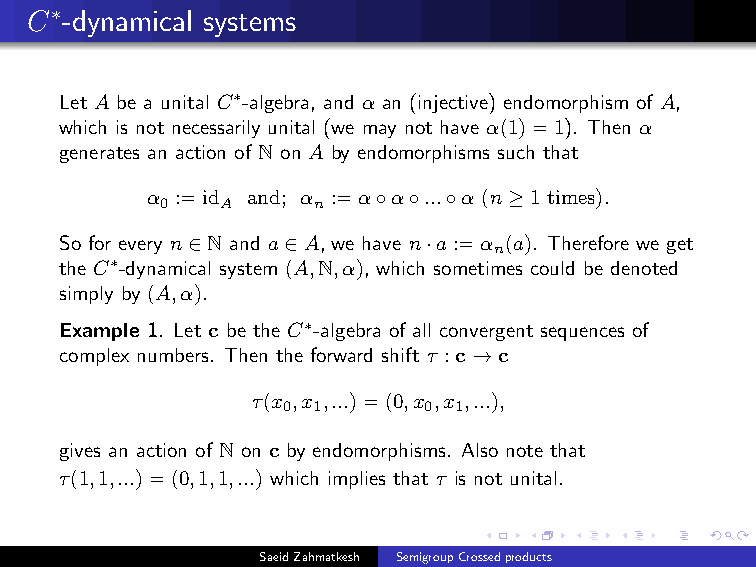
C∗-dynamical systems
 Let A be a unital C∗-algebra, and α an (injective) endomorphism of A,
 which is not necessarily unital (we may not have α(1)=1). Then α
 generates an action of N on A by endomorphisms such that
 α :=id and; α :=α◦α◦...◦α (n≥1 times).
 0   A     n
 So for every n∈N and a∈A, we have n·a:=α (a). Therefore we get
 n
 the C∗-dynamical system (A,N,α), which sometimes could be denoted
 simply by (A,α).
 Example 1. Let c be the C∗-algebra of all convergent sequences of
 complex numbers. Then the forward shift τ :c→c
 τ(x ,x ,...)=(0,x ,x ,...),
 0 1      0 1
 gives an action of N on c by endomorphisms. Also note that
 τ(1,1,...)=(0,1,1,...) which implies that τ is not unital.
 SaeidZahmatkesh SemigroupCrossedproducts